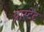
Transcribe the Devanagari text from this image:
प्रास्टेट